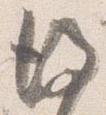
後